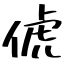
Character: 俿